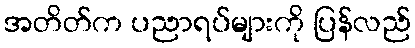
အတိတ်က ပညာရပ်များကို ပြန်လည်